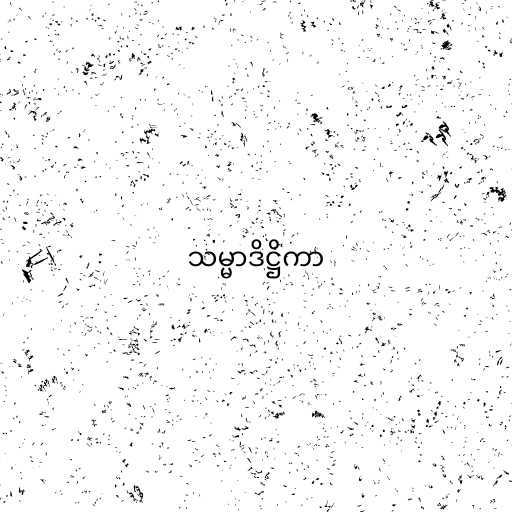
သမ္မာဒိဋ္ဌိကာ